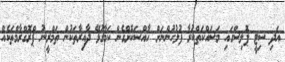
އަދި ސިޓީ ޕޮލިސްގައި މަސައްކަތްކުރާ ފުލުހުންނަށް ހާއްސަކޮށްގެން ކަމާގުޅޭ ދާއިރާތަކުން ތަމްރީނު ޕްރޮގްރާމްތަކެއް